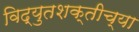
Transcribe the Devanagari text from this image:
विद्युतशक्तीच्या